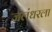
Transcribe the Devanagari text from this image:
जलंधरला